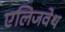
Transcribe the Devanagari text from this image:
एलिजवेथ